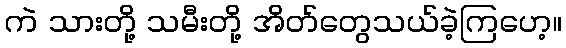
ကဲ သားတို့ သမီးတို့ အိတ်တွေသယ်ခဲ့ကြဟေ့။